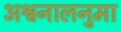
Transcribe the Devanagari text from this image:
अश्वनालनुमा